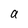
Character: a